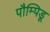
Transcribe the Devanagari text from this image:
पौम्पिडू